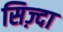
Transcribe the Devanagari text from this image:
सिज़्दा